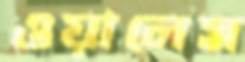
ওয়ালেস